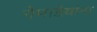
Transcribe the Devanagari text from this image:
नेमाडेयांना